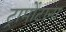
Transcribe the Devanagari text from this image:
ट्रामोंटाना